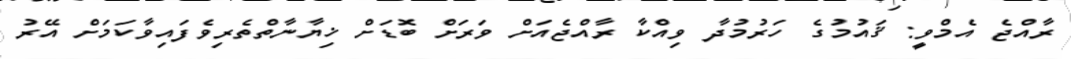
ރާއްޖެ އެމްވީ: ޤައުމުގެ ހަރުމުދާ ވިއްކާ ރާއްޖެއަށް ވަރަށް ބޮޑަށް ޚިޔާނާތްތެރިވެފައިވާކަމަށް އޭރު